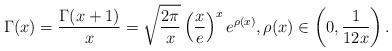
LaTeX: \begin{align*}\Gamma(x)=\frac{\Gamma(x+1)}{x}=\sqrt{ \frac{2\pi}{x}} \left(\frac{x}{e}\right)^x e^{\rho{(x)}}, \rho(x) \in\left(0, \frac{1}{12x}\right).\end{align*}